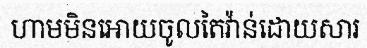
ហាមមិនអោយចូលតៃវ៉ាន់ដោយសារ